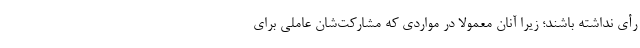
رأی نداشته باشند؛ زیرا آنان معمولا در مواردی که مشارکت‌شان عاملی برای